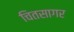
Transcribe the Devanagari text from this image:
चितसागर